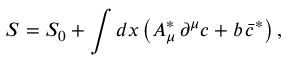
S = S _ { 0 } + \int d x \, \bigl ( A _ { \mu } ^ { \ast } \, \partial ^ { \mu } c + b \, \bar { c } ^ { \ast } \bigr ) \, ,